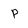
Character: p